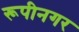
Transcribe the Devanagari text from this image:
रूपीनगर